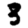
Digit: 3